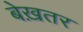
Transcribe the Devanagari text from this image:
बेख़तर